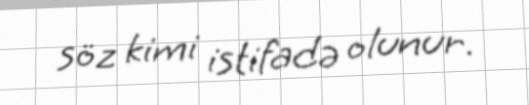
söz kimi istifadə olunur.